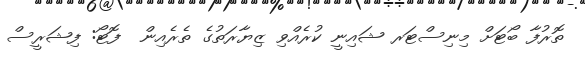
ތޮރުފާ ބޯޓަށް މިނިސްޓަރ ޝައިނީ ކުރެއްވި ޒިޔާރަތުގެ ތެރެއިން  ފޮޓޯ: ފިޝަރީސް